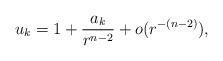
LaTeX: \begin{align*}u_{k}=1+\frac{a_k}{r^{n-2}} + o(r^{-(n-2)}),\end{align*}